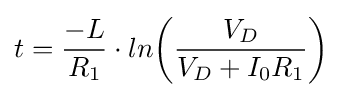
t={-L \over R_{1}}\cdot ln{\left({V_{D} \over {V_{D}+I_{0}{R_{1}}}}\right)}